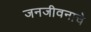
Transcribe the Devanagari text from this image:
जनजीवनाचे